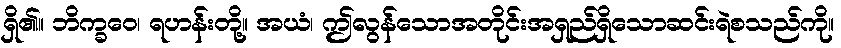
ရှိ၏။ ဘိက္ခဝေ၊ ရဟန်းတို့။ အယံ၊ ဤလွန်သောအတိုင်းအရှည်ရှိသောဆင်းရဲစသည်ကို။